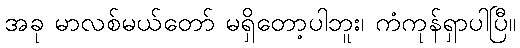
အခု မာလစ်မယ်တော် မရှိတော့ပါဘူး၊ ကံကုန်ရှာပါပြီ။